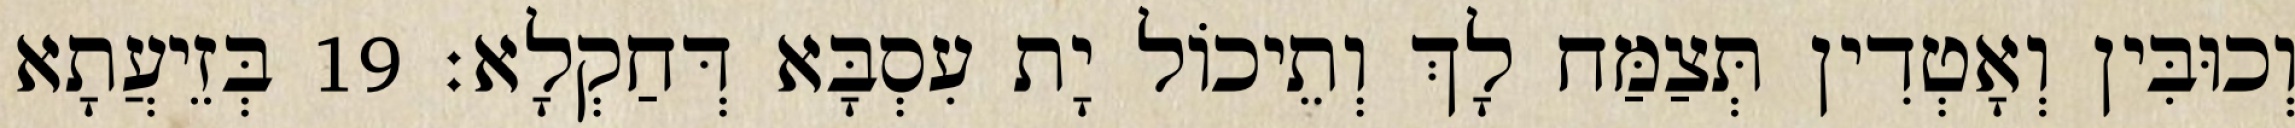
וְכוּבִּין וְאָטְדִין תְּצַמַּח לָךְ וְתֵיכוֹל יָת עִסְבָּא דְּחַקְלָא׃ 19 בְּזֵיעֲתָא